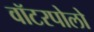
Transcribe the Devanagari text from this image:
वॉटरपोलो